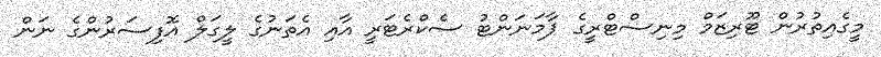
މީގެއިތުރުން ޓޫރިޒަމް މިނިސްޓްރީގެ ޕާމަނަންޓު ސެކްރެޓަރީ އާއި އެތަނުގެ ލީގަލް އޮފިސަރުންގެ ނަން